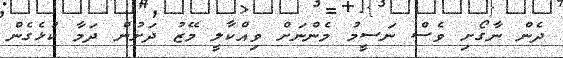
ދެން ނާގޯށި ވެސް ނަސީމު މެންނަށް ވިއްކާލީ މޭޒު ދަށުން ދަމާ ކުޅެގެން